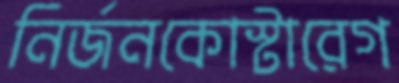
নির্জনকোস্টারেগ